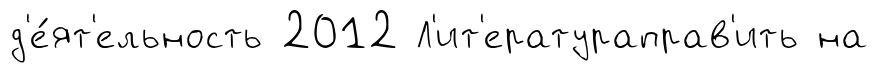
д'е́ят'ельность 2012 Л'ит'ератураправ'ить на